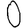
Digit: 0